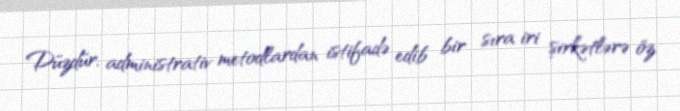
Düzdür, administrativ metodlardan istifadə edib bir sıra iri şirkətlərə öz